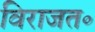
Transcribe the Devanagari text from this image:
विराजत॰